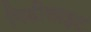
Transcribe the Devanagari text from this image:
पिडीलाइट